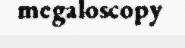
megaloscopy